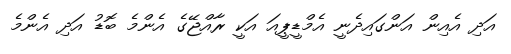
އަދި އެއިން އަންގައިދެނީ އެމްޑީޕީއަ އަކީ ރާއްޖޭގެ އެންމެ ބޮޑު އަދި އެންމެ